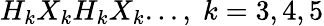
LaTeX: H_{k}X_{k}H_{k}X_{k}...,\; k=3,4,5